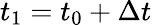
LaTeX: t_{1}=t_{0}+\Delta t